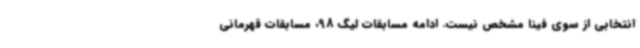
انتخابی از سوی فینا مشخص نیست. ادامه مسابقات لیگ 98، مسابقات قهرمانی